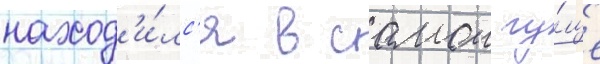
наход'и́лс'я в самои гу́ще